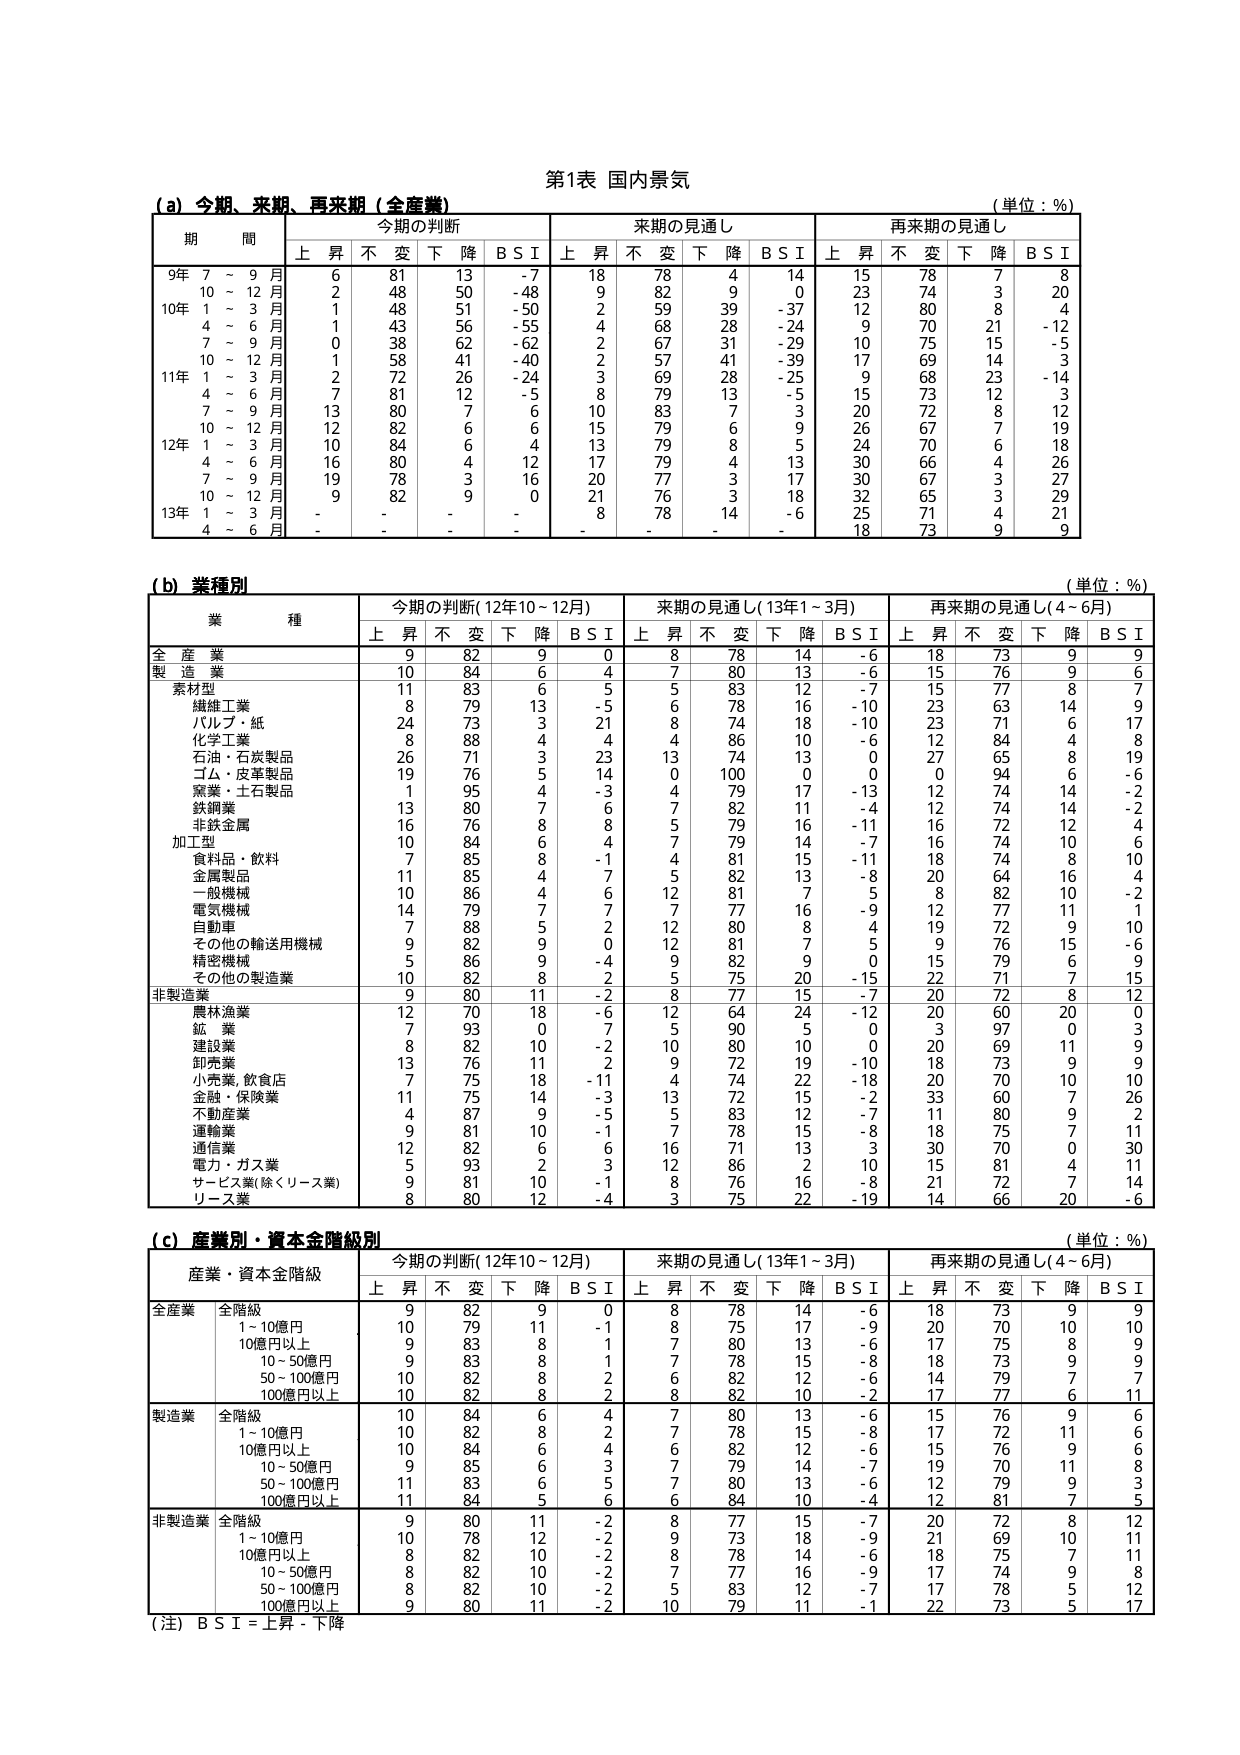
第1表 国内景気
(単位：％)

(a) 今期、来期、再来期（全産業）
期 間 今期の判断 来期の見通し 再来期の見通し
上 昇 不 変 下 降 B S I 上 昇 不 変 下 降 B S I 上 昇 不 変 下 降 B S I
9年 7 ～ 9 月 6 81 13 -7 18 78 4 14 15 78 7 8
10 ～ 12 月 2 48 50 -48 9 82 9 0 23 74 3 20
10年 1 ～ 3 月 1 48 51 -50 2 59 39 -37 12 80 8 4
4 ～ 6 月 1 43 56 -55 4 68 28 -24 9 70 21 -12
7 ～ 9 月 0 38 62 -62 2 67 31 -29 10 75 15 -5
10 ～ 12 月 1 58 41 -40 2 57 41 -39 17 69 14 3
11年 1 ～ 3 月 2 72 26 -24 3 69 28 -25 9 68 23 -14
4 ～ 6 月 7 81 12 -5 8 79 13 -5 15 73 12 3
7 ～ 9 月 13 80 7 6 10 83 7 3 20 72 8 12
10 ～ 12 月 12 82 6 6 15 79 6 9 26 67 7 19
12年 1 ～ 3 月 10 84 6 4 13 79 8 5 24 70 6 18
4 ～ 6 月 16 80 4 12 17 79 4 13 30 66 4 26
7 ～ 9 月 19 78 3 16 20 77 3 17 30 67 3 27
10 ～ 12 月 9 82 9 0 21 76 3 18 32 65 3 29
13年 1 ～ 3 月 - - - - 8 78 14 -6 25 71 4 21
4 ～ 6 月 - - - - - - - - 18 73 9 9

(b) 業種別
(単位：％)
業 種 今期の判断(12年10～12月) 来期の見通し(13年1～3月) 再来期の見通し(4～6月)
上 昇 不 変 下 降 B S I 上 昇 不 変 下 降 B S I 上 昇 不 変 下 降 B S I
全 産 業 9 82 9 0 8 78 14 -6 18 73 9 9
製 造 業 10 84 6 4 7 80 13 -6 15 76 9 6
素材型 11 83 6 5 5 83 12 -7 15 77 8 7
繊維工業 8 79 13 -5 6 78 16 -10 23 63 14 9
パルプ・紙 24 73 3 21 8 74 18 -10 23 71 6 17
化学工業 8 88 4 4 4 86 10 -6 12 84 4 8
石油・石炭製品 26 71 3 23 13 74 13 0 27 65 8 19
ゴム・皮革製品 19 76 5 14 0 100 0 0 0 94 6 -6
窯業・土石製品 1 95 4 -3 4 79 17 -13 12 74 14 -2
鉄鋼業 13 80 7 6 7 82 11 -4 12 74 14 -2
非鉄金属 16 76 8 8 5 79 16 -11 16 72 12 4
加工型 10 84 6 4 7 79 14 -7 16 74 10 6
食料品・飲料 7 85 8 -1 4 81 15 -11 18 74 8 10
金属製品 11 85 4 7 5 82 13 -8 20 64 16 4
一般機械 10 86 4 6 12 81 7 5 8 82 10 -2
電気機械 14 79 7 7 7 77 16 -9 12 77 11 1
自動車 7 88 5 2 12 80 8 4 19 72 9 10
その他の輸送用機械 9 82 9 0 12 81 7 5 9 76 15 -6
精密機械 5 86 9 -4 9 82 9 0 15 79 6 9
その他の製造業 10 82 8 2 5 75 20 -15 22 71 7 15
非製造業 9 80 11 -2 8 77 15 -7 20 72 8 12
農林漁業 12 70 18 -6 12 64 24 -12 20 60 20 0
鉱 業 7 93 0 7 5 90 5 0 3 97 0 3
建設業 8 82 10 -2 10 80 10 0 20 69 11 9
卸売業 13 76 11 2 9 72 19 -10 18 73 9 9
小売業,飲食店 7 75 18 -11 4 74 22 -18 20 70 10 10
金融・保険業 11 75 14 -3 13 72 15 -2 33 60 7 26
不動産業 4 87 9 -5 5 83 12 -7 11 80 9 2
運輸業 9 81 10 -1 7 78 15 -8 18 75 7 11
通信業 12 82 6 6 16 71 13 3 30 70 0 30
電力・ガス業 5 93 2 3 12 86 2 -10 15 81 4 11
サービス業(除くリース業) 9 81 10 -1 8 76 16 -8 21 72 7 14
リース業 8 80 12 -4 3 75 22 -19 14 66 20 -6

(c) 産業別・資本金階級別
(単位：％)
産業・資本金階級 今期の判断(12年10～12月) 来期の見通し(13年1～3月) 再来期の見通し(4～6月)
上 昇 不 変 下 降 B S I 上 昇 不 変 下 降 B S I 上 昇 不 変 下 降 B S I
全産業 全階級 9 82 9 0 8 78 14 -6 18 73 9 9
1～10億円 10 79 11 -1 8 75 17 -9 20 70 10 10
10億円以上 9 83 8 1 7 80 13 -6 17 75 8 9
10～50億円 9 83 8 1 7 78 15 -8 18 73 9 9
50～100億円 10 82 8 2 6 82 12 -6 14 79 7 7
100億円以上 10 82 8 2 8 82 10 -2 17 77 6 11
製造業 全階級 10 84 6 4 7 80 13 -6 15 76 9 6
1～10億円 10 82 8 2 7 78 15 -8 17 72 11 6
10億円以上 10 84 6 4 6 82 12 -6 15 76 9 6
10～50億円 9 85 6 3 7 79 14 -7 19 70 11 8
50～100億円 11 83 6 5 7 80 13 -6 12 79 9 3
100億円以上 11 84 5 6 6 84 10 -4 12 81 7 5
非製造業 全階級 9 80 11 -2 8 77 15 -7 20 72 8 12
1～10億円 10 78 12 -2 9 73 18 -9 21 69 10 11
10億円以上 8 82 10 -2 8 78 14 -6 18 75 7 11
10～50億円 8 82 10 -2 7 77 16 -9 17 74 9 8
50～100億円 8 82 10 -2 5 83 12 -7 17 78 5 12
100億円以上 9 80 11 -2 10 79 11 -1 22 73 5 17

(注) B S I = 上昇 - 下降